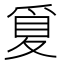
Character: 𪺒